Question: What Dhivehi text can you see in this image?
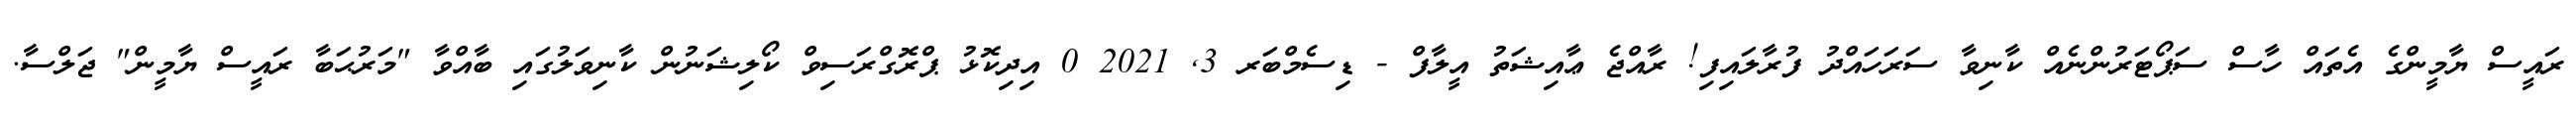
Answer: ރައީސް ޔާމީންގެ އެތައް ހާސް ސަޕޯޓަރުންނެއް ކާނިވާ ސަރަހައްދު ފުރާލައިފި! ރާއްޖެ ޢާއިޝަތު އީލާފް - ޑިސެމްބަރ 3, 2021 0 އިދިކޮޅު ޕްރޮގްރަސިވް ކޯލިޝަނުން ކާނިވަލުގައި ބާއްވާ "މަރުޙަބާ ރައީސް ޔާމީން" ޖަލްސާ.